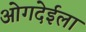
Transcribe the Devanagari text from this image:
ओगदेईला